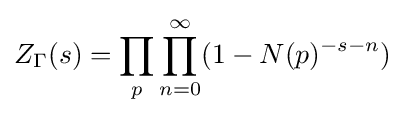
Z_{\Gamma }(s)=\prod _{p}\prod _{n=0}^{\infty }(1-N(p)^{-s-n})